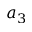
a _ { 3 }